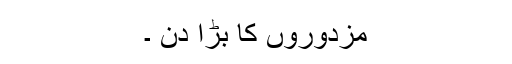
مزدوروں کا بڑا دن ۔